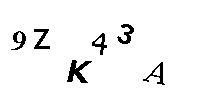
9ZK43A